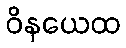
ဝိနယေထ